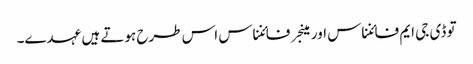
تو ڈی جی ایم فائنناس اور مینجر فائنناس اس طرح ہوتے ہیں عہدے۔